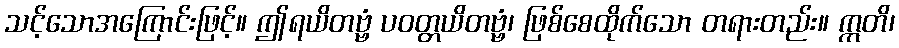
သင့်သောအကြောင်းဖြင့်။ ဤရယိတဗ္ဗံ ပဝတ္တယိတဗ္ဗံ၊ ဖြစ်စေထိုက်သော တရားတည်း။ ဣတိ၊